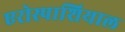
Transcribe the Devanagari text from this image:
एरोस्पाशियाल